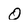
Character: O